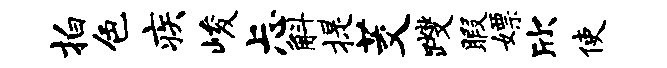
拍色疾峻忐斛提茭躞暇嫖欣使